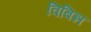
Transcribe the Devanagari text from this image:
विबिन्न